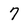
Character: 7